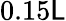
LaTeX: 0.15\mathsf{L}